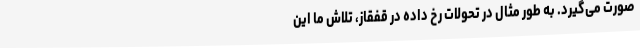
صورت می‌گیرد. به طور مثال در تحولات رخ داده در قفقاز، تلاش ما این